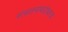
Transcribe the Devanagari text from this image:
संचलनाबरोबरच